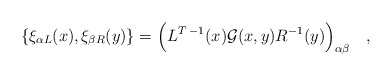
\begin{align*}\{\xi_{\alpha L}(x),\xi_{\beta R} (y)\}=\Bigl( L^{T\;-1}(x) {\cal G}(x,y)R^{-1}(y)\Bigr)_{\alpha \beta}\quad,\end{align*}